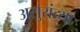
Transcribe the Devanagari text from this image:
असुरांच्या